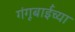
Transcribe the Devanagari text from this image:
गंगूबाईंच्या